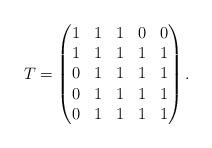
LaTeX: \begin{align*}T=\begin{pmatrix}1 & 1 &1 &0 &0 \\1 & 1&1 & 1 &1 \\ 0 & 1&1 & 1 &1 \\0 &1&1 & 1 &1 \\0 &1&1 & 1 &1 \end{pmatrix}.\end{align*}